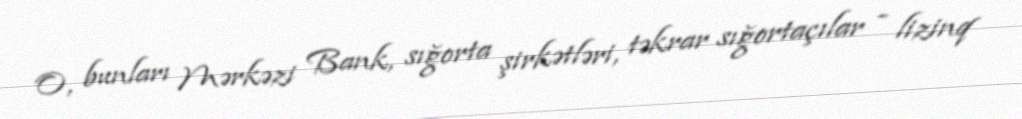
O, bunları Mərkəzi Bank, sığorta şirkətləri, təkrar sığortaçılar - lizinq